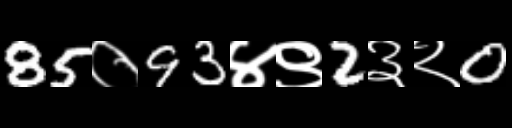
Text: 85०93४९2३२0